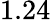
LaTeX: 1.24